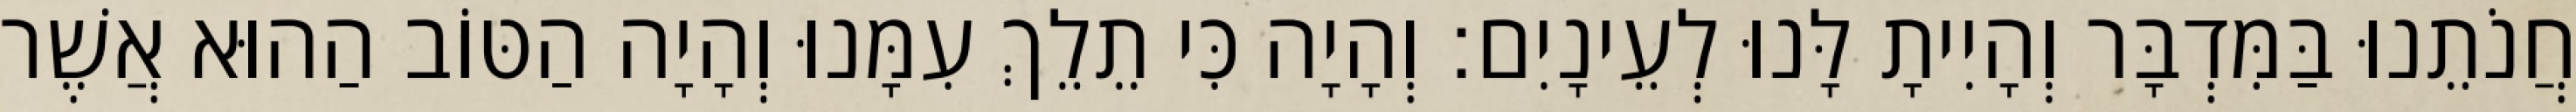
חֲנֹתֵנוּ בַּמִּדְבָּר וְהָיִיתָ לָּנוּ לְעֵינָיִם׃ וְהָיָה כִּי תֵלֵךְ עִמָּנוּ וְהָיָה הַטּוֹב הַהוּא אֲשֶׁר